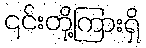
၎င်းတို့ကြားရှိ